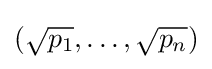
({\sqrt {p_{1}}},\ldots ,{\sqrt {p_{n}}})